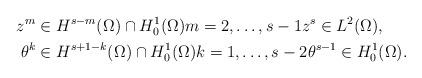
LaTeX: \begin{align*}z^{m} &\in H^{s - m}(\Omega) \cap H^{1}_{0}(\Omega) m = 2, \dots, s - 1 z^{s} \in L^{2}(\Omega), \\\theta^{k} &\in H^{s + 1 - k}(\Omega) \cap H^{1}_{0}(\Omega) k = 1, \dots, s - 2 \theta^{s - 1} \in H^{1}_{0}(\Omega).\end{align*}